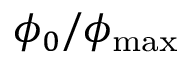
\phi _ { 0 } / \phi _ { \mathrm { m a x } }